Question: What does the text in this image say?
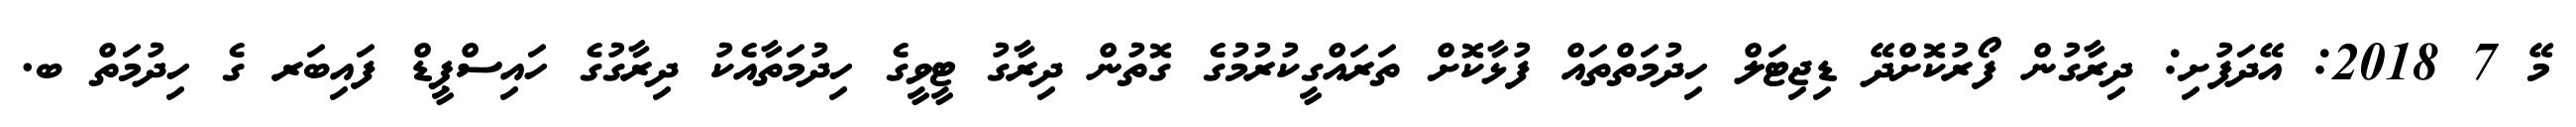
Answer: މޭ 7 2018: އޭދަފުށި: ދިރާގުން ފޯރުކޮށްދޭ ޑިޖިޓަލް ހިދުމަތްތައް ފުޅާކޮށް ތަރައްގީކުރުމުގެ ގޮތުން ދިރާގު ޓީވީގެ ހިދުމަތާއެކު ދިރާގުގެ ހައިސްޕީޑް ފައިބަރ ގެ ހިދުމަތް ބ.